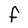
Character: F